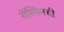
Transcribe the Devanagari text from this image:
रॉस्पिनची